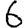
Digit: 6